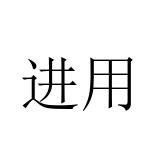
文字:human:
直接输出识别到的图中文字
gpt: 进用